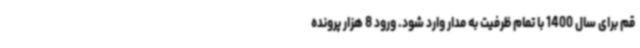
قم برای سال 1400 با تمام ظرفیت به مدار وارد شود. ورود 8 هزار پرونده